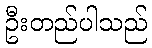
ဦးတည်ပါသည်